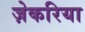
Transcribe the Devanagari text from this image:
ज़ेकरिया